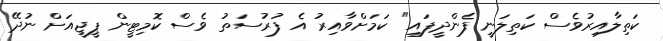
ކަތިލާއިރުވެސް ކަތިލަނީ ފެންދީފައި" ކަމަށްވާއިރު އެ ފުރުސަތު ވެސް ކޮމިޓީން ޕީޖީއަށް ނުދޭ